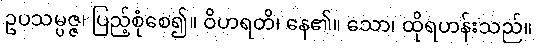
ဥပသမ္ပဇ္ဇ၊ ပြည့်စုံစေ၍။ ဝိဟရတိ၊ နေ၏။ သော၊ ထိုရဟန်းသည်။